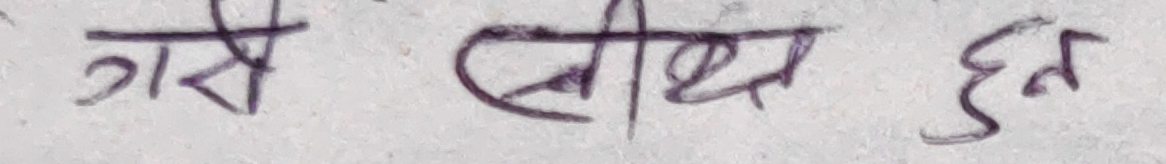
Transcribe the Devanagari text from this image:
गरे सीक्ष्म हुन